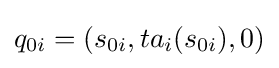
q_{0i}=(s_{0i},ta_{i}(s_{0i}),0)